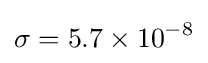
\sigma =5.7\times 10^{-8}